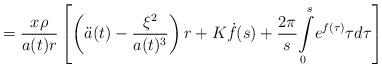
LaTeX: \begin{align*}=\frac{x\rho}{a(t)r}\left[ \left( \ddot{a}(t)-\frac{\xi^{2}}{a(t)^{3}}\right) r+K\dot{f}(s)+\frac{2\pi}{s}{\displaystyle\int\limits_{0}^{s}}e^{f(\tau)}\tau d\tau\right]\end{align*}